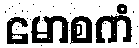
မောစကံ